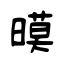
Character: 暯